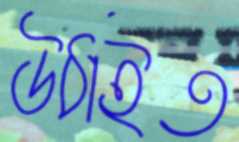
উঠাইত